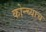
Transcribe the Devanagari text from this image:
कोन्च्याच